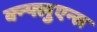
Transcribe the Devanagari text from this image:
क्न्फ्लुएन्स